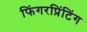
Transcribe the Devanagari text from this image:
फिंगरप्रिंटिंग